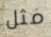
مثل